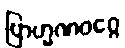
ဗြာဟ္မဏဝဂ္ဂေ